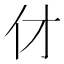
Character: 𠆫